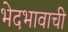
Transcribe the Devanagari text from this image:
भेदभावाची